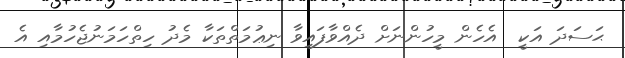
ޙަސަދަ އަކީ  އެހެން މީހުންނަށްް ދެއްވާފައިވާ ނިޢުމަތްތަކާ މެދު ހިތްހަމަނުޖެހުމާއި އެ